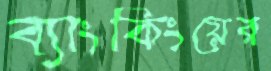
ব্যাংকিংয়ের